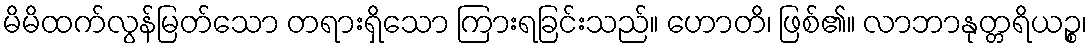
မိမိထက်လွန်မြတ်သော တရားရှိသော ကြားရခြင်းသည်။ ဟောတိ၊ ဖြစ်၏။ လာဘာနုတ္တရိယဉ္စ၊